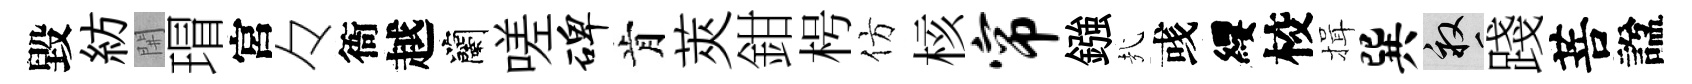
毀紡𨳩瑁宮々衙越蘭嗟碑肯莢鉗枵仿核帘鏹㢤彧纓校揖巽畝踐菩諡